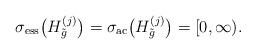
LaTeX: \begin{align*}\sigma_{\mathrm{ess}}\big(H^{(j)}_{\tilde{g}}\big)=\sigma_{\mathrm{ac}}\big(H^{(j)}_{\tilde{g}}\big) = [0,\infty).\end{align*}